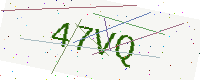
Text: 47VQ